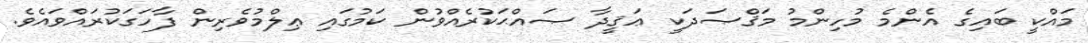
މައްކީ ބައިގެ އެންމެ މުހިންމު މަޤްޞަދަކީ ޢަޤީދާ ޞައްޙަކުރެއްވުން ކަމުގައި ޢިލްމުވެރިން ފާހަގަކުރައްވައެވެ.